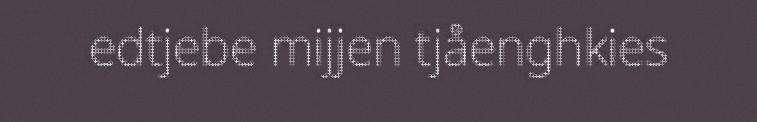
edtjebe mijjen tjåenghkies